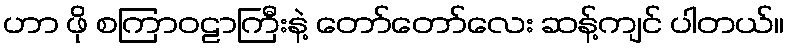
ဟာ ဖို စကြာဝဠာကြီးနဲ့ တော်တော်လေး ဆန့်ကျင် ပါတယ်။